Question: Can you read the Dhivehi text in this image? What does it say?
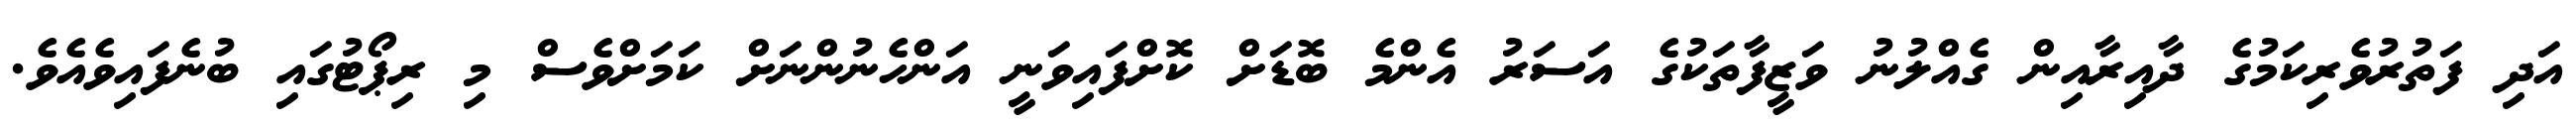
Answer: އަދި ފަތުރުވެރިކަމުގެ ދާއިރާއިން ގެއްލުނު ވަޒީފާތަކުގެ އަސަރު އެންމެ ބޮޑަށް ކޮށްފައިވަނީ އަންހެނުންނަށް ކަމަށްވެސް މި ރިޕޯޓުގައި ބުނެފައިވެއެވެ.